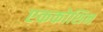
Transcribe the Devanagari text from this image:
एककोशिन